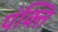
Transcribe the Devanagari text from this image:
पंक्‍ति